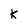
Character: K